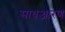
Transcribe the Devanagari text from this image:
साधआरण